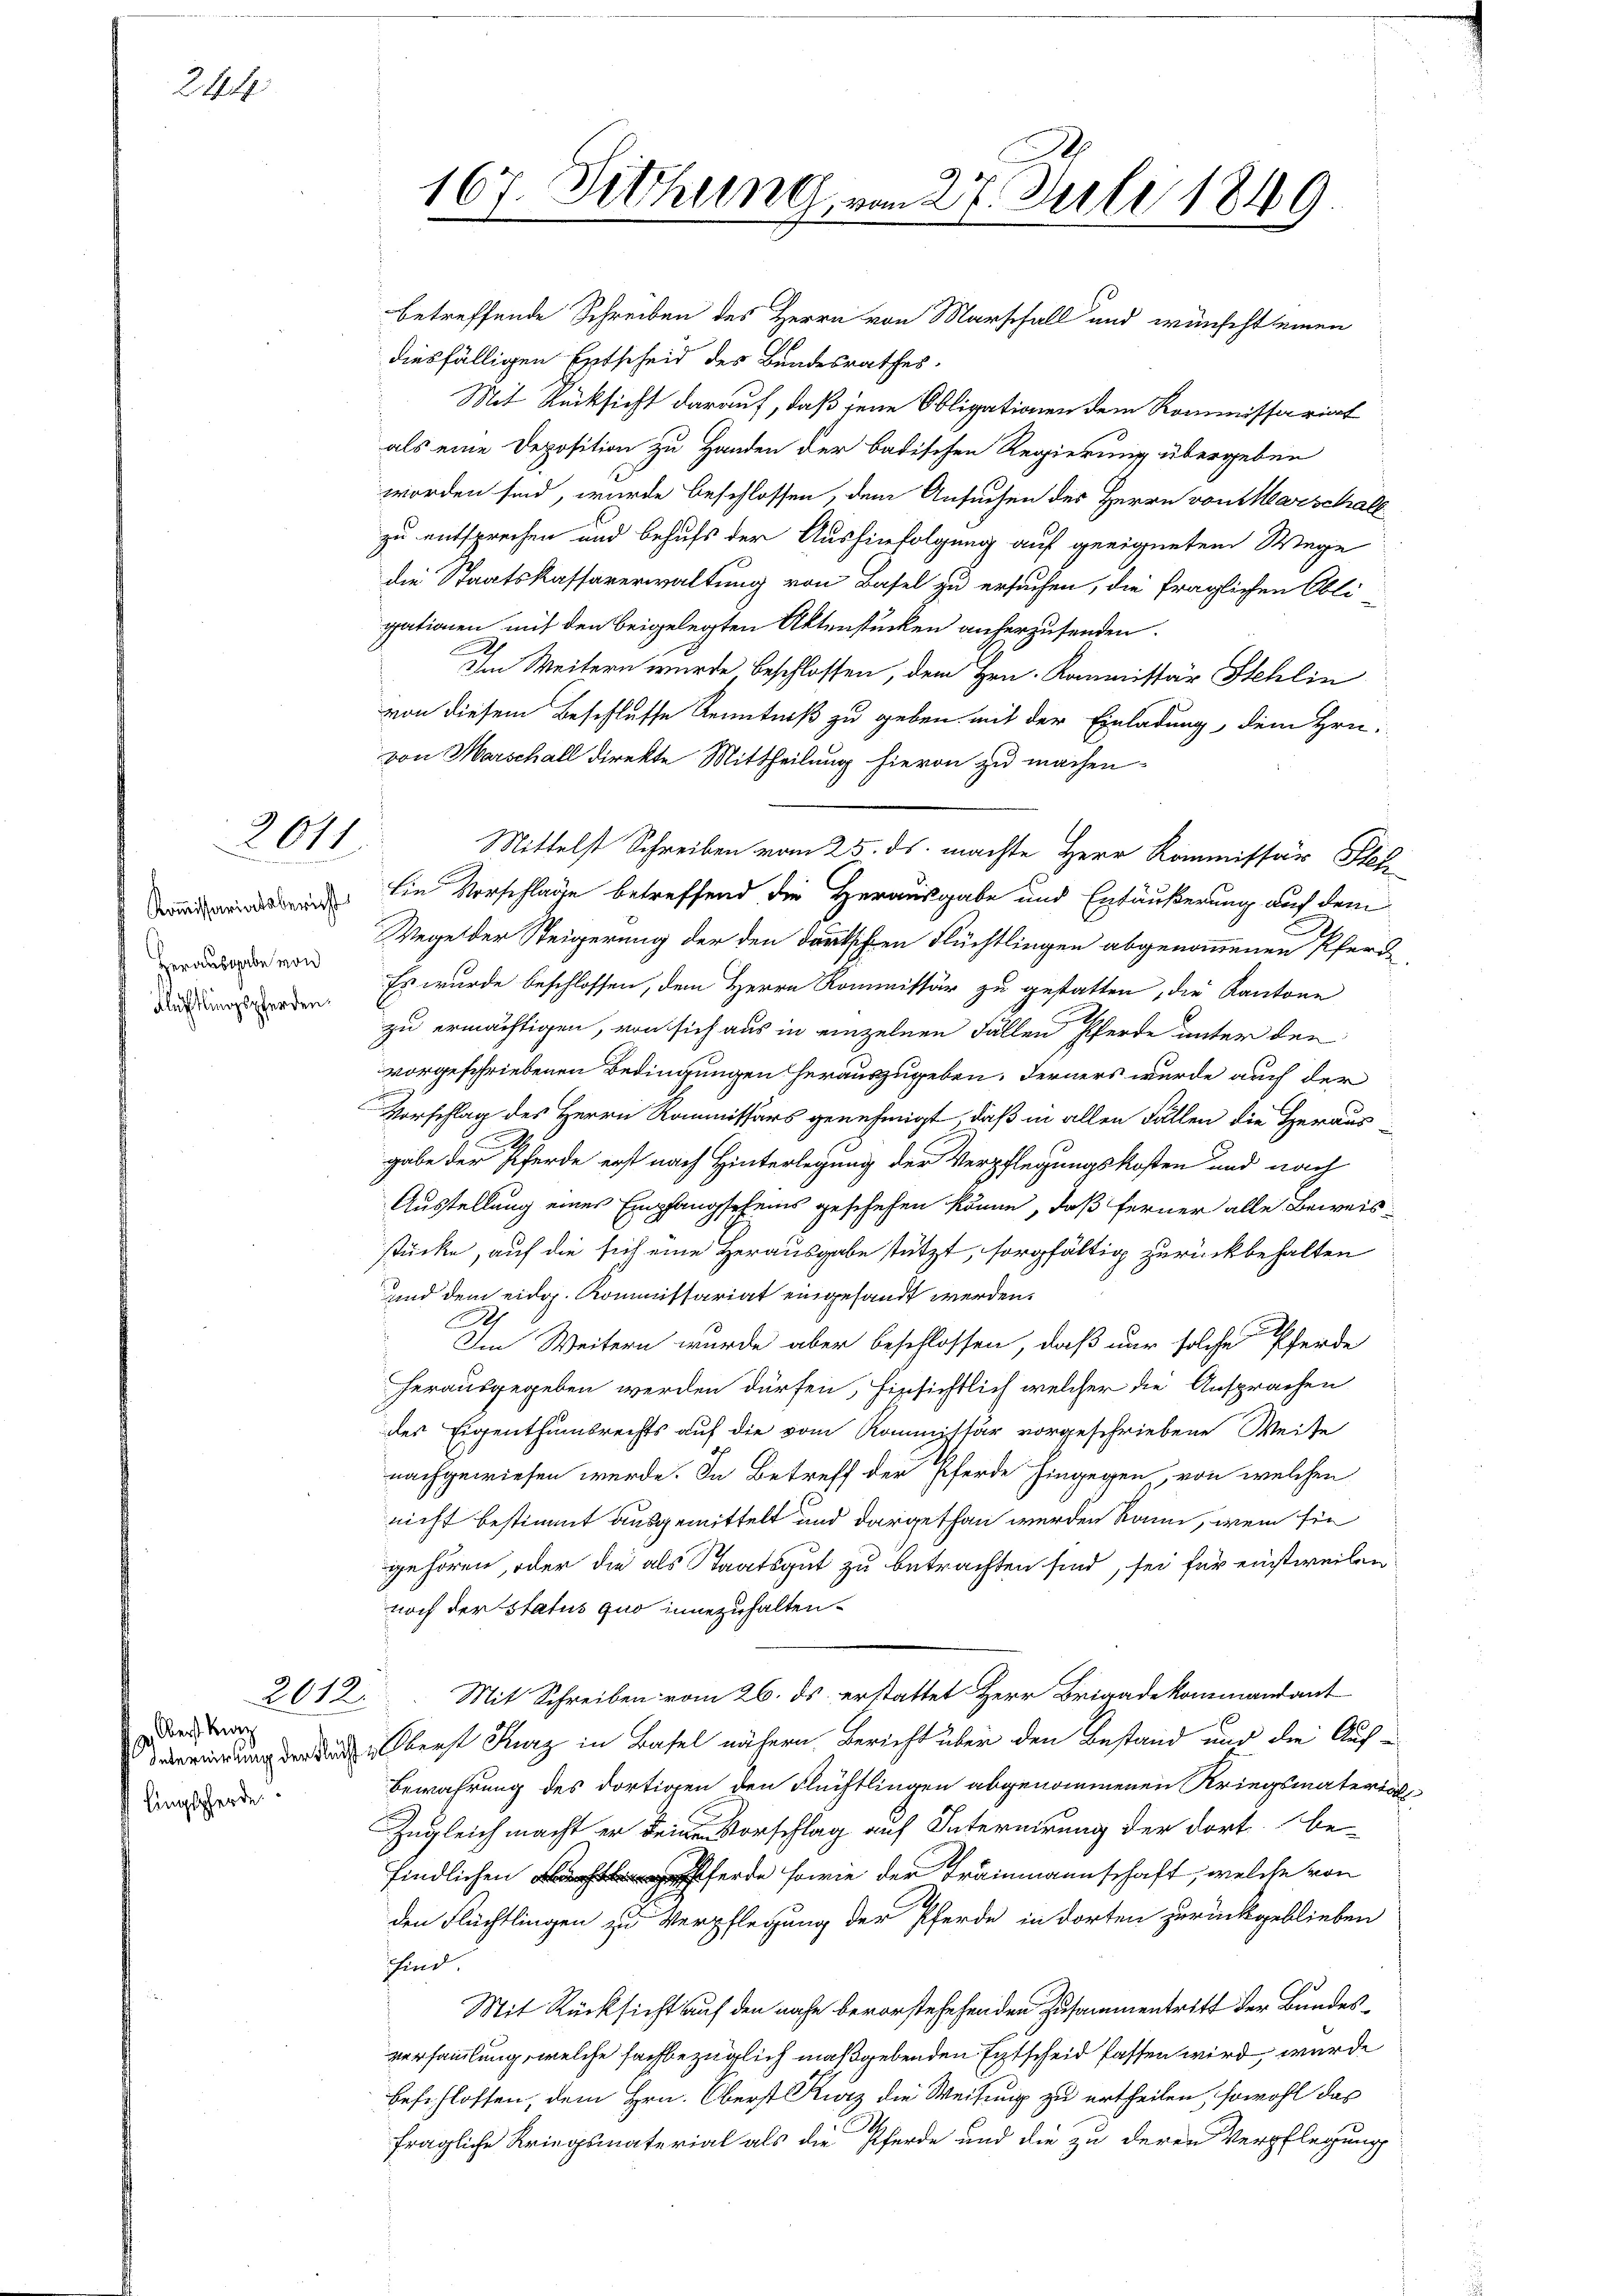
244

2011

Kommissariatsbericht
Herausgabe von
Klechtlingspferden.

2612.
z. Der Bez
lingspferde.

betreffende Schreiben des Herrn von Marschall und wünscht seinen
diesfälligen Entscheid des Bundesrathes.
Mit Rücksicht darauf, daß jene Obligationen dem Kommissariat
als eine Deposition zu Handen der badischen Regierung übergeben
worden sind, wurde beschlossen, dem Ansuchen der Herrn von Marschall
zu entsprechen und behufs der Aushinfolgung auf geeignetem Wege
die Staatskassaverwaltung von Basel zu ersuchen, die fraglichen Obli-
gationen mit den beigelegten Aktenstücken anherzusenden.
Im Weitern wurde beschlossen, dem Hrn. Kommissär Stehlin
von diesem Beschlusse Kenntniß zu geben mit der Einladung, dem Hrn.
von Marschall direkte Mittheilung hievon zu machen.
Mittelst Schreiben vom 25. ds. machte Herr Kommissär Stel
Ein Vorschlage betreffend die Herausgabe und Entäußerung auf dem
Wege der Steigerung der den deutschen Flüchtlingen abgenommenen Pferde
Es wurde beschlossen, dem Herrn Kommissär zu gestatten, die Kantone
zu ermächtigen, von sich aus in einzelnen Fällen Pferde unter den
vorgeschriebenen Bedingungen herauszugeben. Ferners wurde auch der
Vorschlag des Herrn Kommissärs genehmigt, daß in allen Fällen die Heraus
2
gabe der Pferde erst nach Hinterlegung der Verpflegungskosten und nach
Ausstellung eines Empfangscheins geschehen könne, daß ferner alle Beweis-
stücke, auf die sich eine Herausgabe stützt, sorgfältig zurückbehalten
und dem eidg. Kommissariat eingesandt werden.
Im Weitern wurde aber beschlossen, daß nur solche Pferde
herausgegeben werden dürfen, hinsichtlich welcher die Ansprachen
des Eigenthumsrechts auf die vom Kommittär vorgeschriebene Weise
nachgewiesen werde. In Betreff der Pferde hingegen, von welchen
nicht bestimmt ausgemittelt und dargethan werden kann, wenn sie
gehören, oder die als Staatsgut zu betrachten sind, sei für einstweilen
noch der Status quo innezuhalten.
Mit Schreiben vom 26. ds. erstattet Herr Brigadekommandant
 Oberst Kurz in Basel nähern Bericht über den Bestand und die Auf¬
Bewahrung des dortigen den Flüchtlingen abgenommenen Kriegsmaterials
Zugleich macht er eine Vorschlag auf Internirung der dort be-
findlichen er sowie der Trammannschaft, welche von
den Flüchtlingen zu Verpflegung der Pferde in dorten zurückgeblieben
schfind.
Mit Rücksicht auf den nahe bevorstehehenden Zusammentritt der Bundesversammlung, welche sachbezüglich maßgebenden Entscheid fassen wird, wurde
beschlossen, dem Hrn. Oberst Kurz die Weisung zu ertheilen, sowohl das
fragliche Kriegsmaterial als die Pferde und die zu deren Verpflegung

167. Diethung, vom 27. Juli 1849